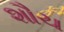
શૌચ